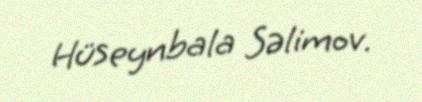
Hüseynbala Səlimov.